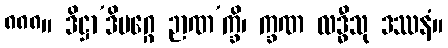
၈၈၈။ ဒိဋ္ဌာ’ဒိမဂ္ဂေ ဉာဏ’က္ခိ၊ က္ခဏ လဒ္ဓီသု ဒဿနံ။